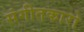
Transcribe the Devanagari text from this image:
संगीतकारो